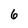
Character: 6